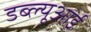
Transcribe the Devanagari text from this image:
डब्ल्यूआई